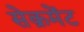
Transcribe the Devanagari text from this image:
सेक्रमेंट